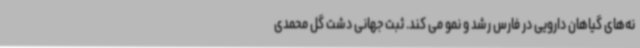
نه‌های گیاهان دارویی در فارس رشد و نمو می کند. ثبت جهانی دشت گل محمدی